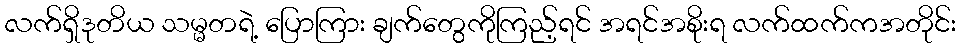
လက်ရှိဒုတိယ သမ္မတရဲ့ ပြောကြား ချက်တွေကိုကြည့်ရင် အရင်အစိုးရ လက်ထက်ကအတိုင်း